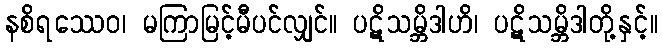
နစိရဿေဝ၊ မကြာမြင့်မီပင်လျှင်။ ပဋိသမ္ဘိဒါဟိ၊ ပဋိသမ္ဘိဒါတို့နှင့်။